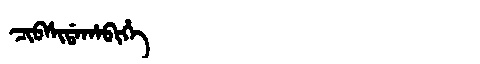
Manchu: ᠴᡳᠪᠰᡳᡩᠠᡥᠠᠪᡳᡥᡝ
Romanization: CIBSIDAHABIHE